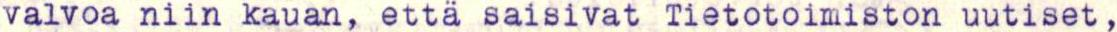
valvoa niin kauan, että saisivat Tietotoimiston uutiset ,